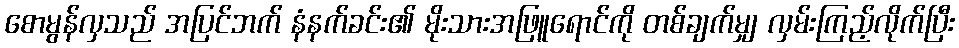
စောမွန်လှသည် အပြင်ဘက် နံနက်ခင်း၏ မိုးသားအဖြူရောင်ကို တစ်ချက်မျှ လှမ်းကြည့်လိုက်ပြီး